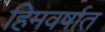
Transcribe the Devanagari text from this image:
हिमवर्षात